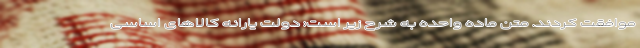
موافقت کردند. متن ماده واحده به شرح زیر است: دولت یارانه کالاهای اساسی